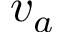
v _ { a }